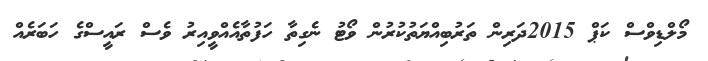
މޯލްޑިވްސް ކަޕް 2015ދަރިން ތަރުބިއްޔަތުކުރުން ވޯޓު ނެގިތާ ހަފުތާއެއްވީއިރު ވެސް ރައީސްގެ ހަބަރެއް